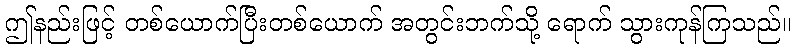
ဤနည်းဖြင့် တစ်ယောက်ပြီးတစ်ယောက် အတွင်းဘက်သို့ ရောက် သွားကုန်ကြသည်။